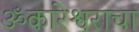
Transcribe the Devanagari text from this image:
ॐकारेश्वराचा